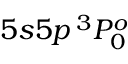
5 s 5 p \, ^ { 3 } P _ { 0 } ^ { o }